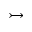
\rightarrowtail